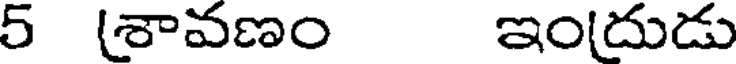
5 (శావణం ఇందుడు